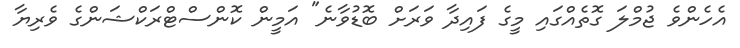
އެހެންވެ ޖުމްލަ ގޮތެއްގައި މީގެ ފައިދާ ވަރަށް ބޮޑުވާނެ" އަމީން ކޮންސްޓްރަކްޝަންގެ ވެރިޔާ